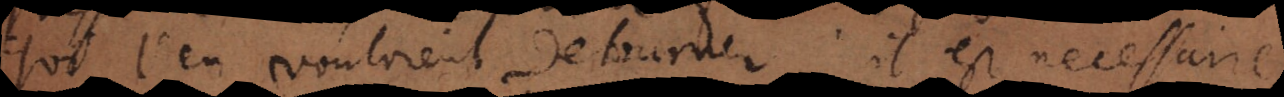
qui l’en vouloient detourner: il est necessaire